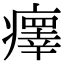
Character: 𤻂